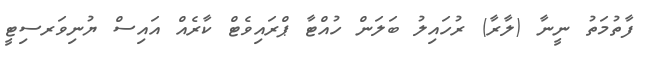
ފާތުމަތު ނީނާ (ލާރާ) ރުހައިލު ބަލަން ހުއްޓާ ޕްރައިވެޓް ކާރެއް އައިސް ޔުނިވަރސިޓީ